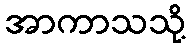
အာကာသသို့